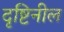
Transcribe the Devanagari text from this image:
दृष्टिनील